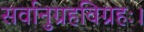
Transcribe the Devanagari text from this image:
सर्वानुग्रहविग्रहः।